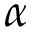
\alpha